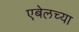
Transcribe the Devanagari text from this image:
एबेलच्या